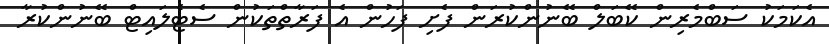
އެކަމަކު ސަބްމެރިން ކޭބަލް ބޭނުންކުރަން ފެށި ފަހުން އެ ފަރާތްތަކުން ސެޓެލައިޓް ބޭނުންކުރާ